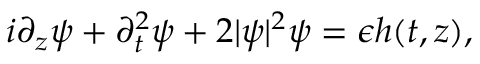
\begin{array} { r } { i \partial _ { z } \psi + \partial _ { t } ^ { 2 } \psi + 2 | \psi | ^ { 2 } \psi = \epsilon h ( t , z ) , } \end{array}